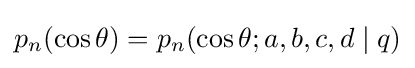
p_{n}(\cos {\theta })=p_{n}(\cos {\theta };a,b,c,d\mid q)